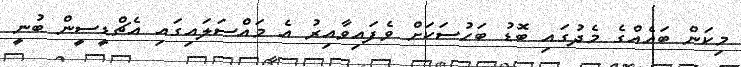
މިކަން ބައެއްގެ މެދުގައި ބޮޑު ބަހުސަކަށް ވެފައިވާއިރު އެ މައްސަލައިގައި އެޗްޑީސީން ބުނީ